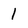
Character: 1